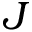
J